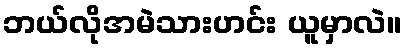
ဘယ်လိုအမဲသားဟင်း ယူမှာလဲ။